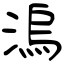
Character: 溩